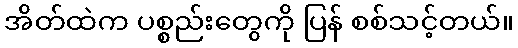
အိတ်ထဲက ပစ္စည်းတွေကို ပြန် စစ်သင့်တယ်။